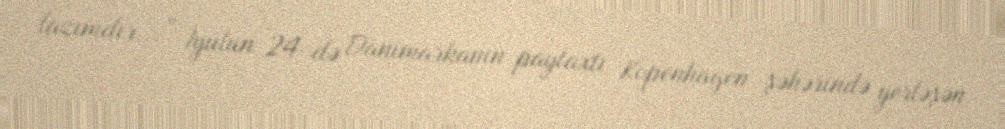
lazımdır...” İyulun 24-də Danimarkanın paytaxtı Kopenhagen şəhərində yerləşən